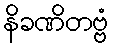
နိခဏိတဗ္ဗံ